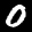
Label: 0